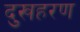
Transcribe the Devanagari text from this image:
दुखहरण